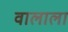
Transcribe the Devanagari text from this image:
वालाला